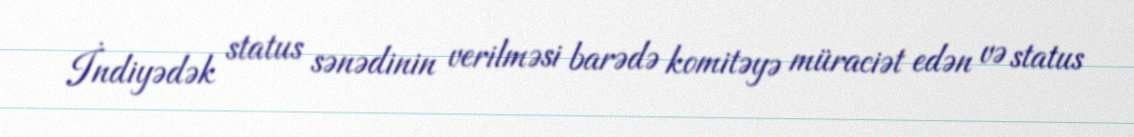
İndiyədək status sənədinin verilməsi barədə komitəyə müraciət edən və status